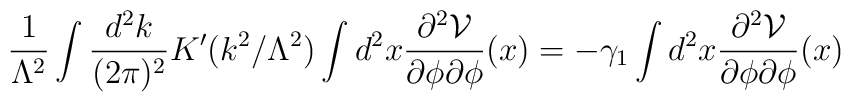
\frac{1}{\Lambda^2}\int \frac{d^2k}{(2\pi)^2}K'(k^2/\Lambda^2)\int  d^2x\frac{\partial^2 {\cal V}}{\partial \phi\partial \phi}(x)=-\gamma_1\int  d^2x\frac{\partial^2 {\cal V}}{\partial \phi\partial \phi}(x)